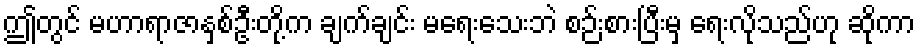
ဤတွင် မဟာရာဇာနှစ်ဦးတို့က ချက်ချင်း မရေးသေးဘဲ စဉ်းစားပြီးမှ ရေးလိုသည်ဟု ဆိုကာ